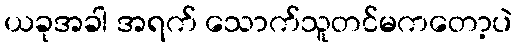
ယခုအခါ အရက် သောက်သူတင်မကတော့ပဲ